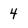
Character: 4